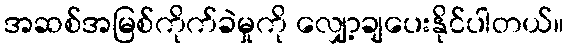
အဆစ်အမြစ်ကိုက်ခဲမှုကို လျှော့ချပေးနိုင်ပါတယ်။